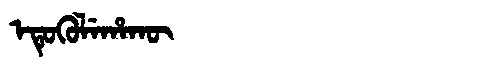
Manchu: ᡝᡨᡠᡴᡠᠯᡝᡥᠠᡴᡡ
Romanization: ETUKULEHAKŪ